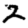
Digit: 2